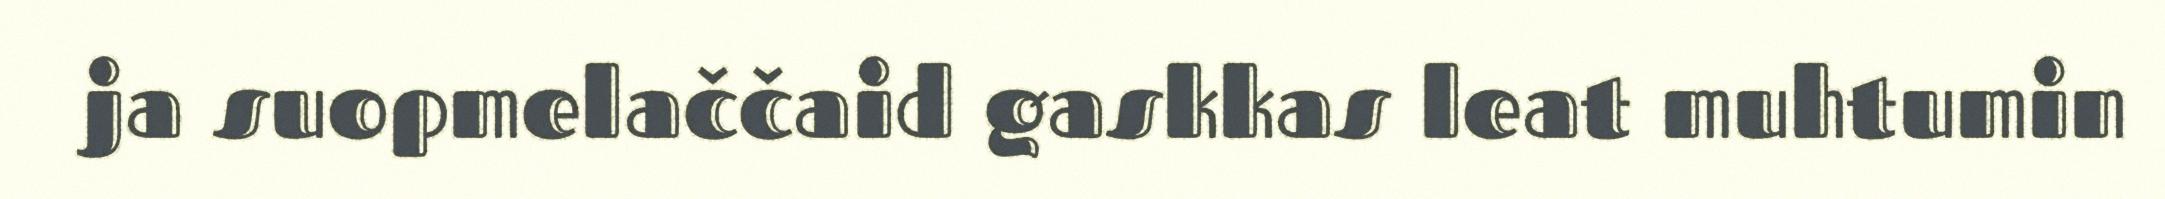
ja suopmelaččaid gaskkas leat muhtumin